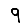
Digit: 9